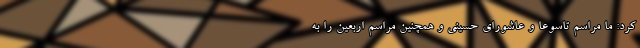
کرد: ما مراسم‌ تاسوعا و عاشورای حسینی و همچنین مراسم اربعین را به